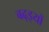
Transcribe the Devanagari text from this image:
बढ़इयों